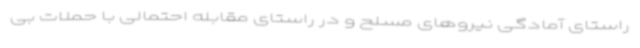
راستای آمادگی نیروهای مسلح و در راستای مقابله احتمالی با حملات بی